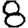
Digit: 8